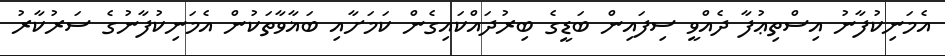
އެމަނިކުފާނު އިސްތިޢުފާ ދެއްވީ ސިފައިން ބަޑީގެ ބިރުދައްކައިގެން ކަމަށާއި ބަޣާވާތަކުން އެމަނިކުފާނުގެ ސަރުކާރު